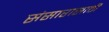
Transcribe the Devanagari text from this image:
संसारासाठी